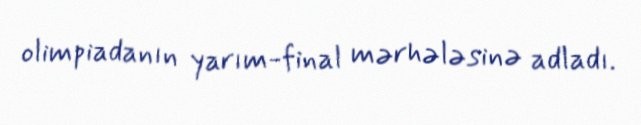
olimpiadanın yarım-final mərhələsinə adladı.